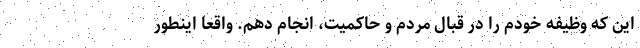
این که وظیفه خودم را در قبال مردم و حاکمیت، انجام دهم. واقعا اینطور